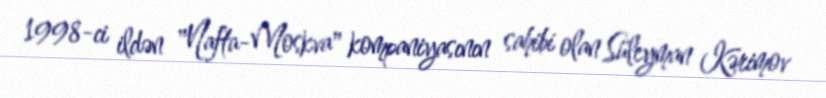
1998-ci ildən "Nafta-Moskva" kompaniyasının sahibi olan Süleyman Kərimov